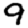
Digit: 9